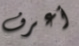
أعرف